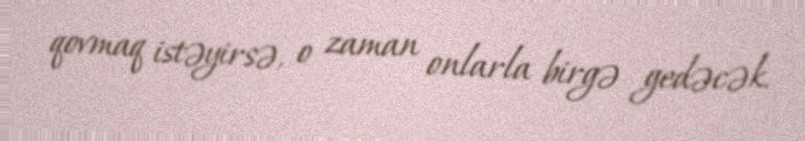
qovmaq istəyirsə, o zaman onlarla birgə gedəcək.